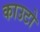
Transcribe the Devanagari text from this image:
काउटो